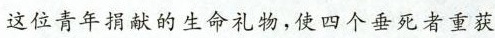
这位青年捐献的生命礼物，使四个垂死者重获